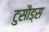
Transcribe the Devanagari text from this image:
टुसौड्स